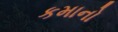
કમાનો